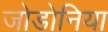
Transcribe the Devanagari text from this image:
जोडोनिया